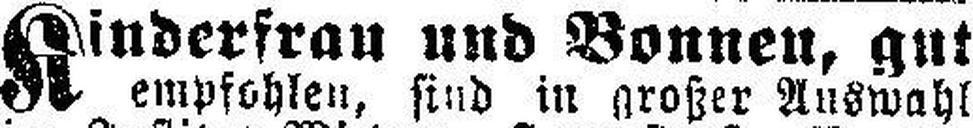
Kinderfrau und Bonnen, gut